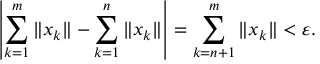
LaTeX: \left| \sum _ { k = 1 } ^ { m } \| x _ { k } \| - \sum _ { k = 1 } ^ { n } \| x _ { k } \| \right| = \sum _ { k = n + 1 } ^ { m } \| x _ { k } \| < \varepsilon .